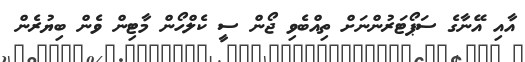
އާއި އޭނާގެ ސަޕޯޓަރުންނަށް ތިއްބެވި ޖޯން ސީ ކެލްހޯން މާޓިން ވެން ބިޔުރެން